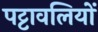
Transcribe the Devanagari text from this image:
पट्टावलियों